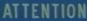
ATTENTION